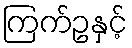
ကြက်ဥနှင့်